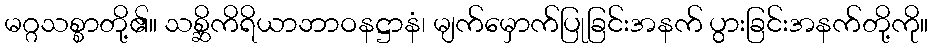
မဂ္ဂသစ္စာတို့၏။ သစ္ဆိကိရိယာဘာဝနဋ္ဌာနံ၊ မျက်မှောက်ပြုခြင်းအနက် ပွားခြင်းအနက်တို့ကို။